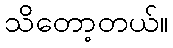
သိတော့တယ်။